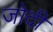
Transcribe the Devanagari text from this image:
जोदी